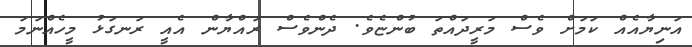
އަނިޔާއެއް ކަމަށް ވެސް މަރީދައްތަ ބުންޏެވެ. ދެންވެސް ރައްޔާން އެއީ ރަނގަޅު މީހެއްނަމަ